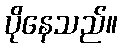
ပိုနေသည်။